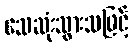
သေဆုံးသွားသဖြင့်